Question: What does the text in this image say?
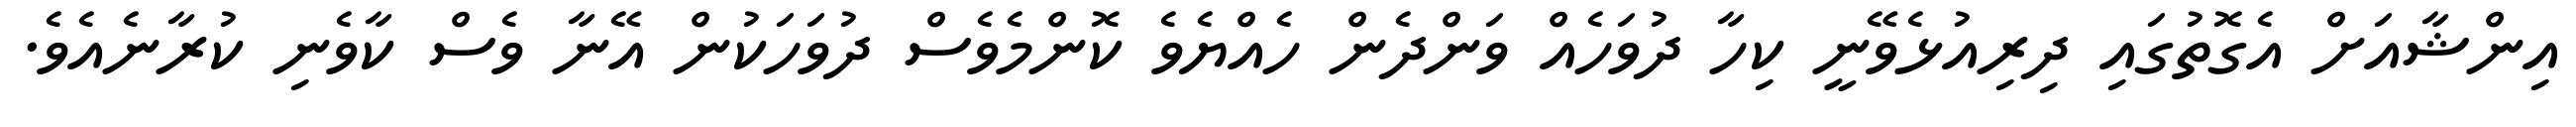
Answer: އިންޝާއަށް އެގޮތުގައި ދިރިއުޅެވޭނީ ކިހާ ދުވަހެއް ވަންދެން ހެއްޔެވެ ކޮންމެވެސް ދުވަހަކުން އޭނާ ވެސް ކާވެނި ކުރާނެއެވެ.